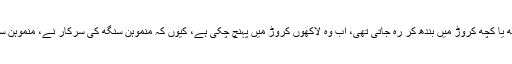
اس لیے جو بدعنوانی پہلے انفرادی طور پر ہوا کرتی تھی یا انفرادی طور پر ہو کرکے کچھ لاکھ یا کچھ کروڑ میں بندھ کر رہ جاتی تھی، اب وہ لاکھوں کروڑ میں پہنچ چکی ہے، کیوں کہ منموہن سنگھ کی سرکار نے، منموہن سنگھ کی قیادت میں بدعنوانی کو ایک لمیٹڈ کمپنی کی طرح ایک آرگنائزڈ سیکٹر میں بدل دیا ہے۔